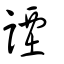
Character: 諲